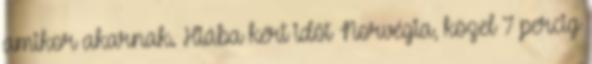
amikor akarnak. Hiába kért időt Norvégia, közel 7 percig